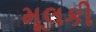
મૂલકી